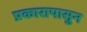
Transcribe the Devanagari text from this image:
प्रकारापासुन